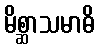
မိစ္ဆာသမာဓိ